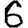
Digit: 6